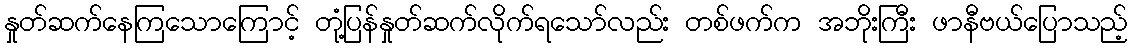
နှုတ်ဆက်နေကြသောကြောင့် တုံ့ပြန်နှုတ်ဆက်လိုက်ရသော်လည်း တစ်ဖက်က အဘိုးကြီး ဖာနီဗယ်ပြောသည့်